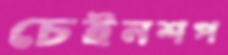
চেইনশপ